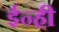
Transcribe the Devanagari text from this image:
ईन्ही